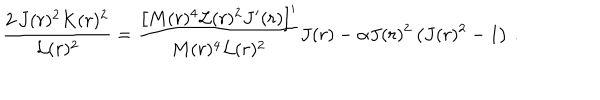
\frac { 2 \, J ( r ) ^ { 2 } K ( r ) ^ { 2 } } { \mathcal { L } ( r ) ^ { 2 } } = \frac { \left[ M ( r ) ^ { 4 } \mathcal { L } ( r ) ^ { 2 } J ^ { \prime } ( r ) \right] ^ { \prime } } { M ( r ) ^ { 4 } \mathcal { L } ( r ) ^ { 2 } } J ( r ) - \alpha J ( r ) ^ { 2 } \left( J ( r ) ^ { 2 } - 1 \right) \, .